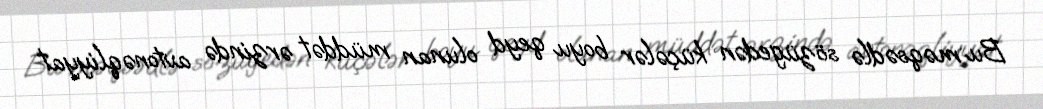
Bu məqsədlə sözügedən küçələr boyu qeyd olunan müddət ərzində avtonəqliyyat